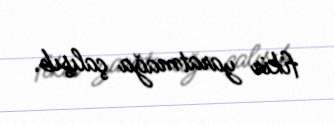
fikir yaratmağa çalışıb.